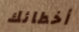
أخطائك